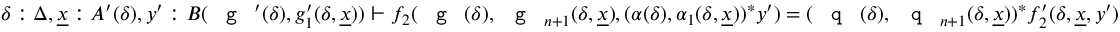
\delta : \Delta , \underline { { x } } : A ^ { \prime } ( \delta ) , y ^ { \prime } : B ( \textnormal { \texttt { g } } ^ { \prime } ( \delta ) , g _ { 1 } ^ { \prime } ( \delta , \underline { { x } } ) ) \vdash f _ { 2 } ( \textnormal { \texttt { g } } ( \delta ) , \textnormal { \texttt { g } } _ { n + 1 } ( \delta , \underline { { x } } ) , ( \alpha ( \delta ) , \alpha _ { 1 } ( \delta , \underline { { x } } ) ) ^ { * } y ^ { \prime } ) = ( \textnormal { \texttt { q } } ( \delta ) , \textnormal { \texttt { q } } _ { n + 1 } ( \delta , \underline { { x } } ) ) ^ { * } f _ { 2 } ^ { \prime } ( \delta , \underline { { x } } , y ^ { \prime } )